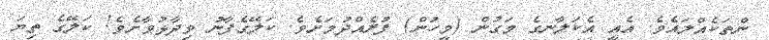
ންތަކެއްލައެވެ. އެއީ އެކަލާނގެ މަގުން (މީހުން) ފުރެއްދުމަށެވެ. ކަލޭގެފާނު ވިދާޅުވާށެވެ! ކަލޭގެ ތިޔަ